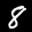
Label: 8